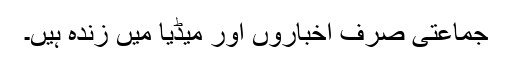
جماعتی صرف اخباروں اور میڈیا میں زندہ ہیں۔